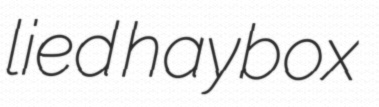
lied haybox